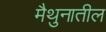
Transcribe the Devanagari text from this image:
मैथुनातील